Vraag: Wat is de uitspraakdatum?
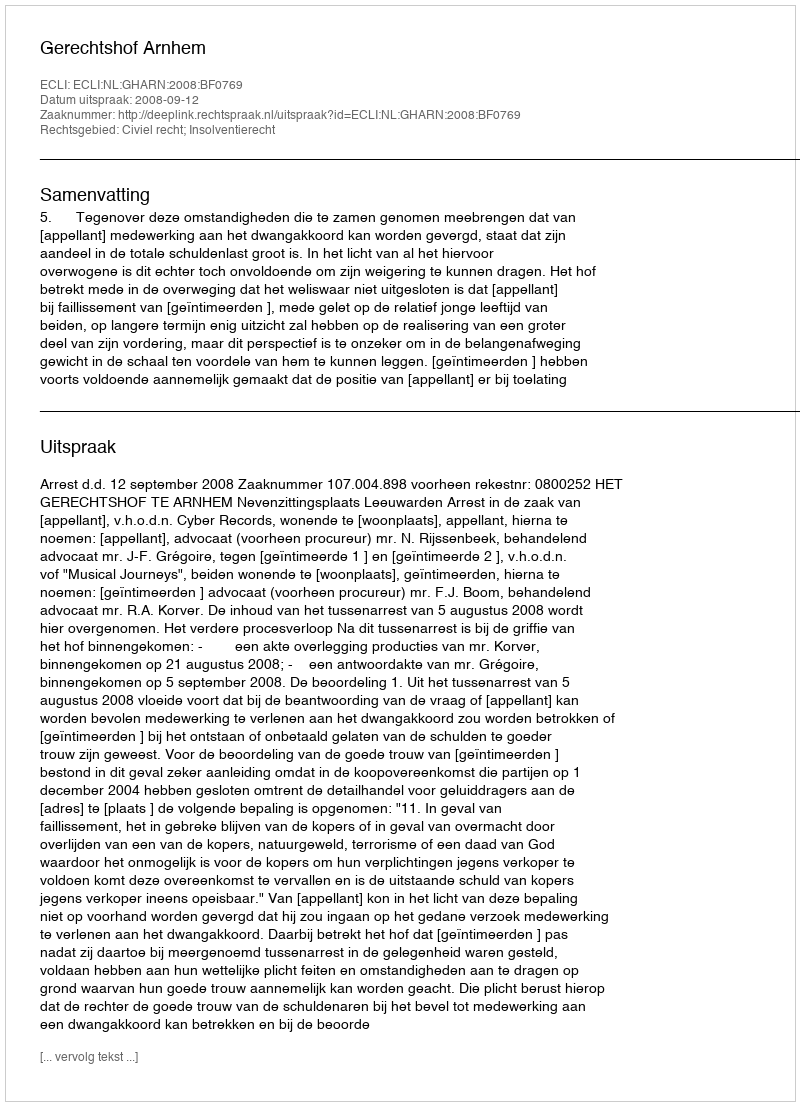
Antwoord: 2008-09-12